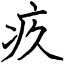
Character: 疚